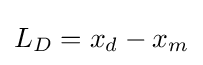
L_{D}=x_{d}-x_{m}